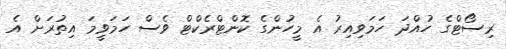
ރިސޯޓްގެ ހުއްދަ ހަމަވިއިރު އެ މީހުންގެ ކޮންޓްރެކްޓް ވެސް ހަމަވީމަ އިތުރަށް އެ